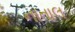
નાતાલ